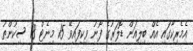
އެމެރިކާގައި އެއް ބިލިއަން ޑޮލަރުގެ ފޯނު ވިކިފައިވޭ 15 މިނެޓް 18 ސިކުންތު